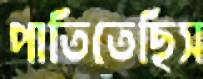
পাতিতেছিস